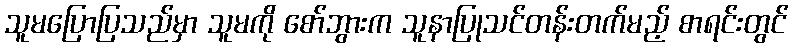
သူမပြောပြသည်မှာ သူမကို စော်ဘွားက သူနာပြုသင်တန်းတက်မည့် စာရင်းတွင်